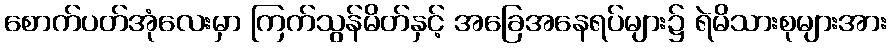
စောက်ပတ်အုံလေးမှာ ကြက်သွန်မိတ်နှင့် အခြေအနေရပ်များ၌ ရဲမိသားစုများအား